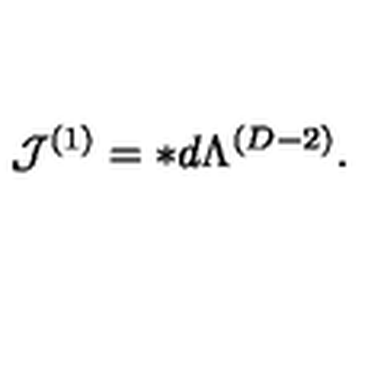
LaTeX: { \cal J } ^ { ( 1 ) } = \ast d \Lambda ^ { ( D - 2 ) } .